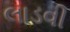
લાડવી